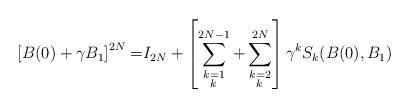
LaTeX: \begin{align*} \left[B(0)+ \gamma B_1 \right]^{2N} =& I_{2N} + \left[\sum_{\substack{k=1\\k \, }}^{2N-1} + \sum_{\substack{k=2\\k\,}}^{2N} \right] \gamma^k S_k(B(0),B_1) \end{align*}